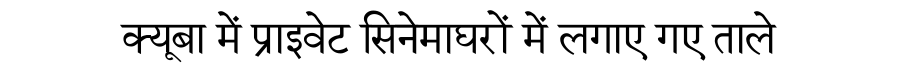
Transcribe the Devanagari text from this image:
क्यूबा में प्राइवेट सिनेमाघरों में लगाए गए ताले